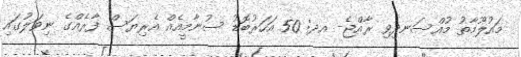
މައުލޫމާތު މުއްސަނދިވި ރާއްޖެ- އދ: 50 އަހަރުބޮޑު ސުނާމީއެއް އެރިޔަސް ފާރެއްގެ ނިވަލުގައި